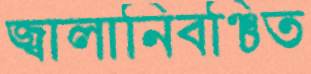
জ্বালানিবঞ্চিত